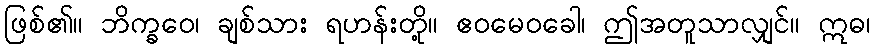
ဖြစ်၏။ ဘိက္ခဝေ၊ ချစ်သား ရဟန်းတို့။ ဧဝမေဝခေါ၊ ဤအတူသာလျှင်။ ဣဓ၊